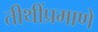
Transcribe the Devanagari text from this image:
तीथींप्रमाणे